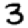
Digit: 3